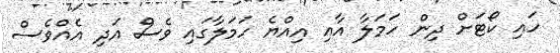
ހައި ކޯޓަށް ދިން ހަމަލާ އާއި އިއްޔެ ހަމަލާގައި ވެސް އަދި އެއްވެސް